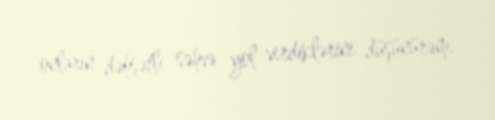
onların dəhşətli səhvə yol verdiklərini düşünürəm.